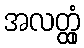
အလတ္ထုံ